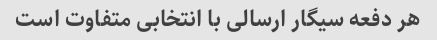
هر دفعه سیگار ارسالی با انتخابی متفاوت است